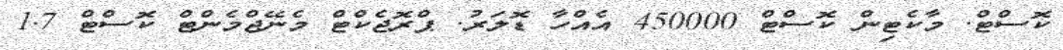
ކޮސްޓް. މާކެޓިން ކޮސްޓް 450000 އެއްހާ ޑޮލަރު. ޕްރޮޖެކްޓް މެނޭޖްމެންޓް ކޮސްޓް 1.7